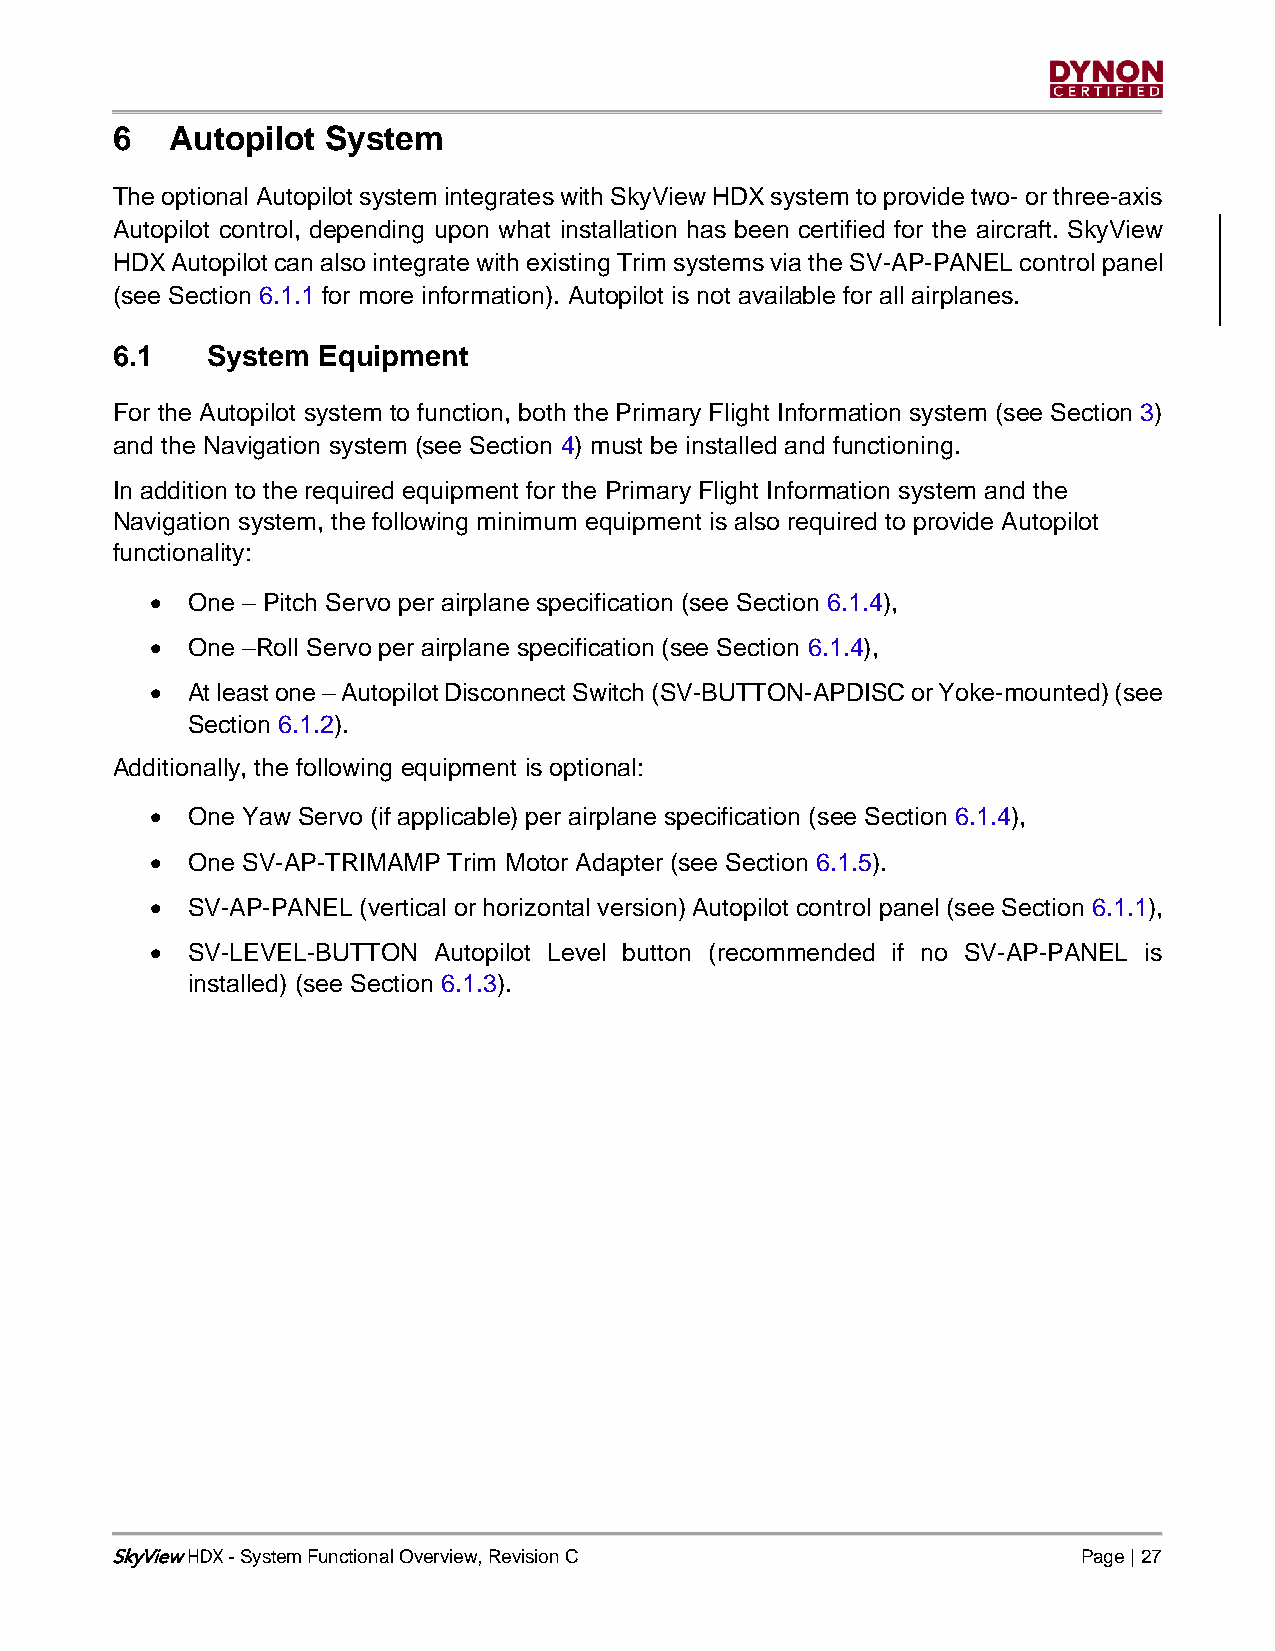
6   Autopilot System
 The optional Autopilot system integrates with SkyView HDX system to provide two- or three-axis
 Autopilot control, depending upon what installation has been certified for the aircraft. SkyView
 HDX Autopilot can also integrate with existing Trim systems via the SV-AP-PANEL control panel
 (see Section 6.1.1 for more information). Autopilot is not available for all airplanes.
 6.1    System Equipment
 For the Autopilot system to function, both the Primary Flight Information system (see Section 3)
 and the Navigation system (see Section 4) must be installed and functioning.
 In addition to the required equipment for the Primary Flight Information system and the
 Navigation system, the following minimum equipment is also required to provide Autopilot
 functionality:
 • One – Pitch Servo per airplane specification (see Section 6.1.4),
 • One –Roll Servo per airplane specification (see Section 6.1.4),
 • At least one – Autopilot Disconnect Switch (SV-BUTTON-APDISC or Yoke-mounted) (see
 Section 6.1.2).
 Additionally, the following equipment is optional:
 • One Yaw Servo (if applicable) per airplane specification (see Section 6.1.4),
 • One SV-AP-TRIMAMP Trim Motor Adapter (see Section 6.1.5).
 • SV-AP-PANEL (vertical or horizontal version) Autopilot control panel (see Section 6.1.1),
 • SV-LEVEL-BUTTON  Autopilot Level button (recommended if no SV-AP-PANEL is
 installed) (see Section 6.1.3).
 SkyView - System Functional Overview, Revision C                 Page | 27